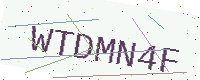
Text: WTDMN4F